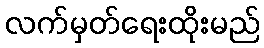
လက်မှတ်ရေးထိုးမည်